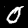
Label: 0